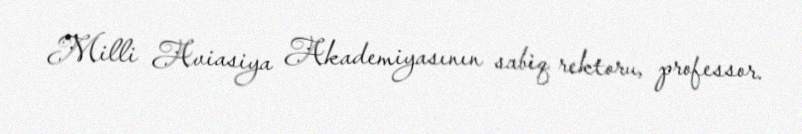
Milli Aviasiya Akademiyasının sabiq rektoru, professor.